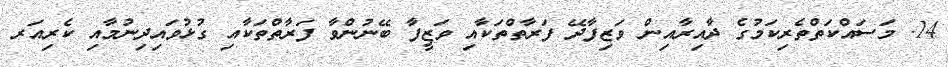
14. މަސައްކަތްތެރިކަމުގެ ދާއިރާއިން ވަޒިފާދޭ ފަރާތްތަކާއި ވަޒީފާ ބޭނުންވާ ފަރާތްތަކާއި ގުޅުވައިދިނުމާއި ކެރިއަރ